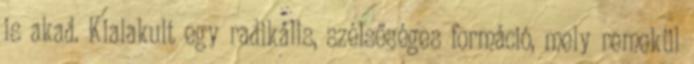
is akad. Kialakult egy radikális, szélsőséges formáció, mely remekül